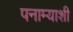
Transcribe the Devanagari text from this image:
पनाम्याशी